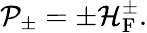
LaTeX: {\cal P}_{\pm}=\pm{\cal H}_{\mathrm{F}}^{\pm}.